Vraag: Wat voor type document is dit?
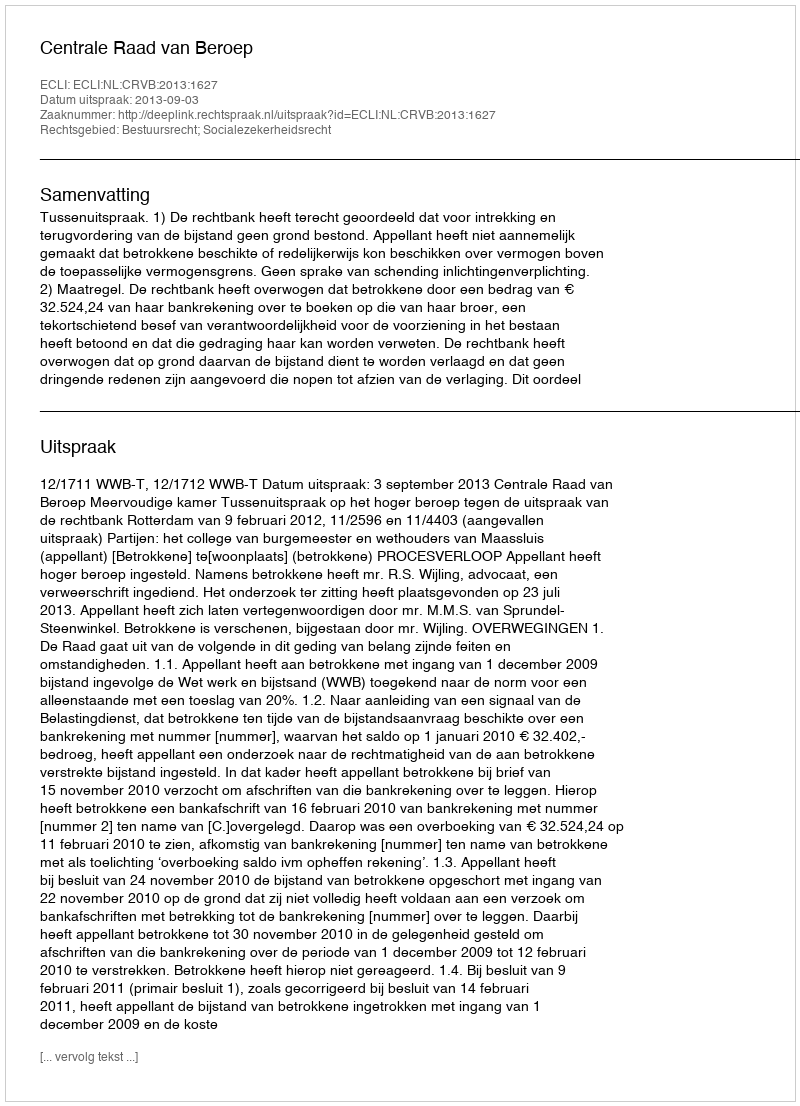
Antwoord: Uitspraak